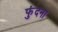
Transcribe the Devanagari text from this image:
फुंदना